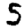
Digit: 5